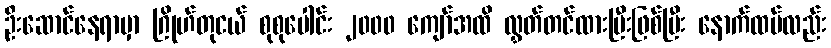
ဦးဆောင်နေရာမှာ ဂြိုဟ်တုငယ် စုစုပေါင်း ၂၀၀၀ ကျော်အထိ လွှတ်တင်ထားပြီးဖြစ်ပြီး နောက်ထပ်လည်း